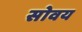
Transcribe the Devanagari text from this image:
सोवय